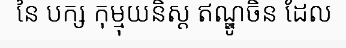
នៃ បក្ស កុម្មុយនិស្ត ឥណ្ឌូចិន ដែល